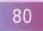
80